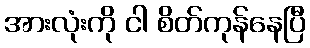
အားလုံးကို ငါ စိတ်ကုန်နေပြီ